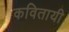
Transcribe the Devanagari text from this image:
कवितायी